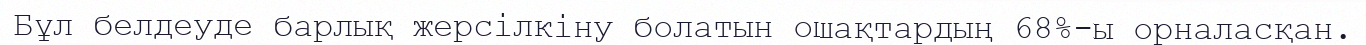
Бұл белдеуде барлық жерсілкіну болатын ошақтардың 68%-ы орналасқан.